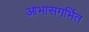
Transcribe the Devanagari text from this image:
आभासगर्भित